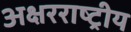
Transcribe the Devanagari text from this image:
अक्षरराष्ट्रीय